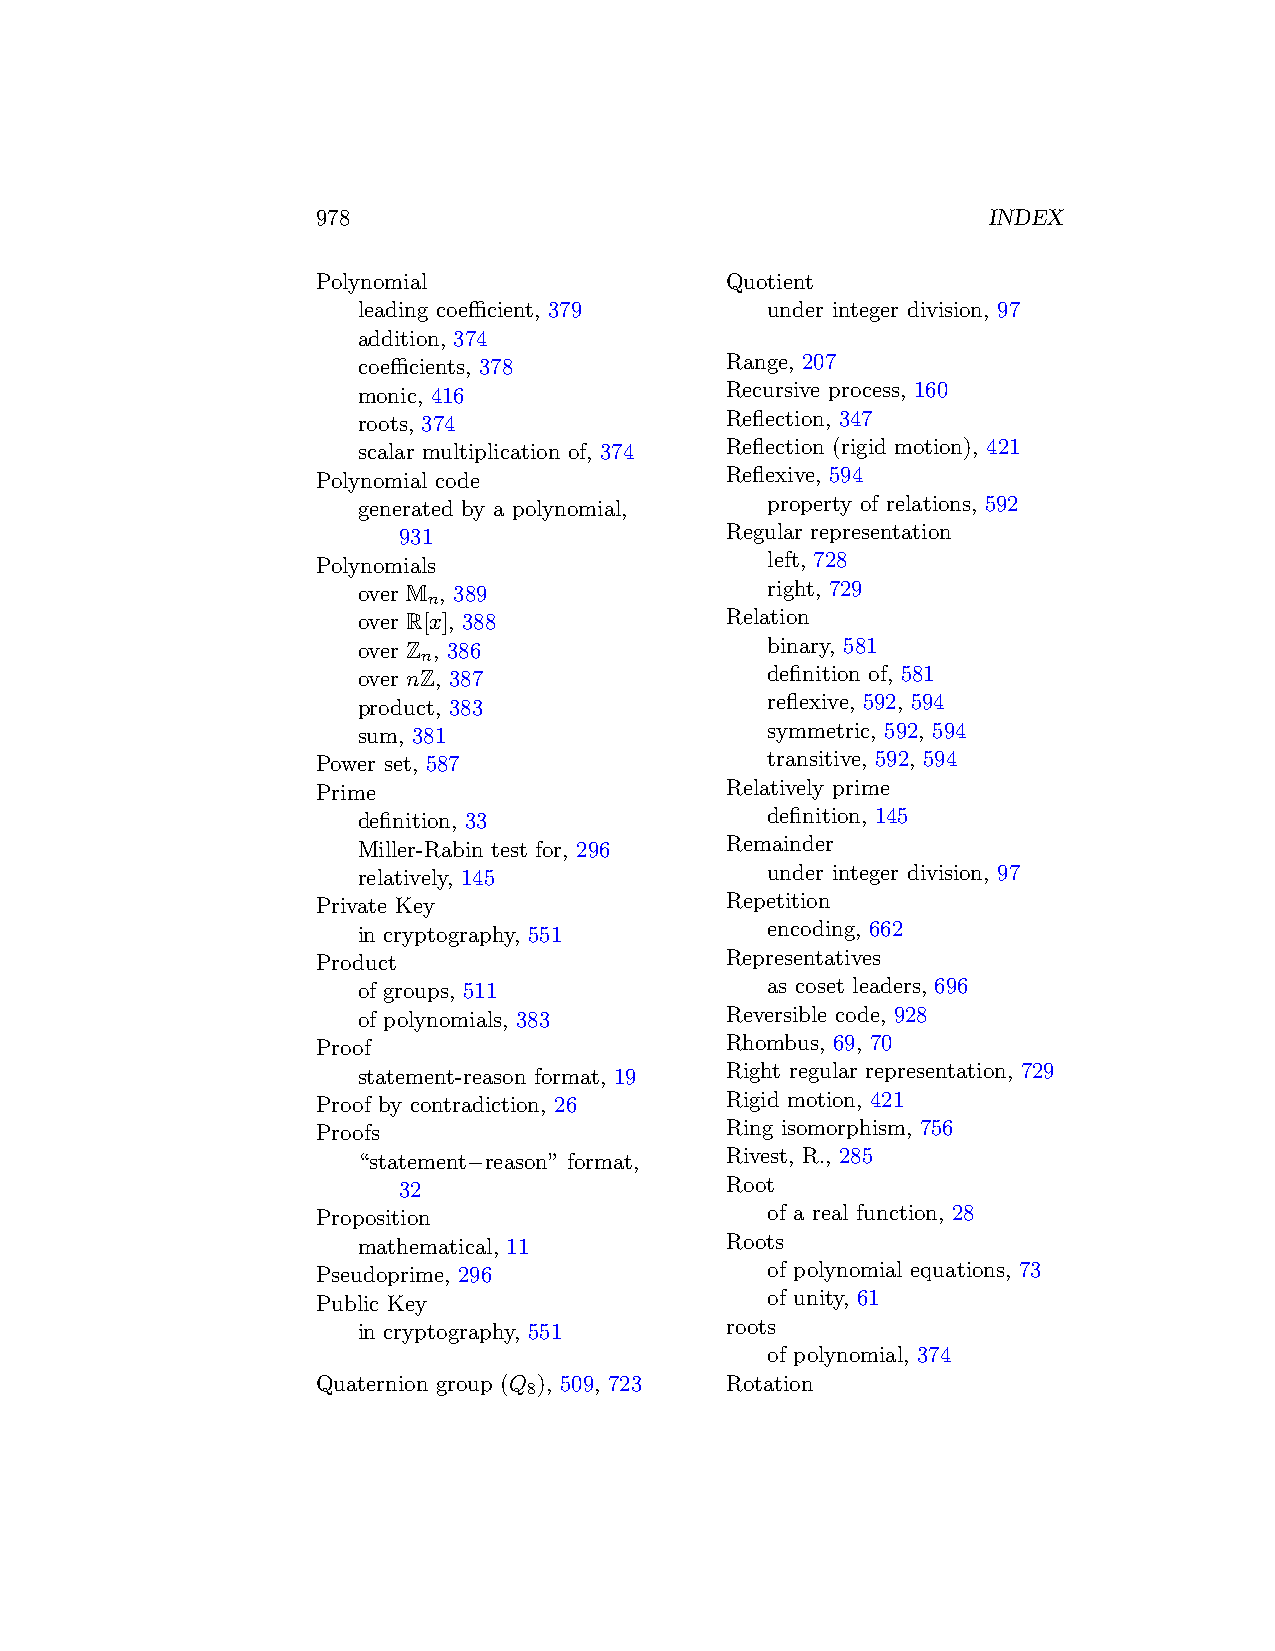
978                                         INDEX
 Polynomial                 Quotient
 leading coefficient, 379   under integer division, 97
 addition, 374
 coefficients, 378       Range, 207
 monic, 416              Recursive process, 160
 roots, 374              Reflection, 347
 scalar multiplication of, 374 Reflection (rigid motion), 421
 Polynomial code            Reflexive, 594
 generated by a polynomial, property of relations, 592
 931                   Regular representation
 Polynomials                   left, 728
 over M , 389               right, 729
 n
 over R[x], 388          Relation
 over Z , 386               binary, 581
 n
 over nZ, 387               definition of, 581
 product, 383               reflexive, 592, 594
 sum, 381                   symmetric, 592, 594
 Power set, 587                transitive, 592, 594
 Prime                      Relatively prime
 definition, 33             definition, 145
 Miller-Rabin test for, 296 Remainder
 relatively, 145            under integer division, 97
 Private Key                Repetition
 in cryptography, 551       encoding, 662
 Product                    Representatives
 of groups, 511             as coset leaders, 696
 of polynomials, 383     Reversible code, 928
 Proof                      Rhombus, 69, 70
 statement-reason format, 19 Right regular representation, 729
 Proof by contradiction, 26 Rigid motion, 421
 Proofs                     Ring isomorphism, 756
 “statement−reason” format, Rivest, R., 285
 32                    Root
 Proposition                   of a real function, 28
 mathematical, 11        Roots
 Pseudoprime, 296              of polynomial equations, 73
 Public Key                    of unity, 61
 in cryptography, 551    roots
 of polynomial, 374
 Quaternion group (Q ), 509, 723 Rotation
 8